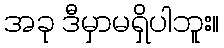
အခု ဒီမှာမရှိပါဘူး။